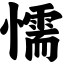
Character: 懦